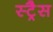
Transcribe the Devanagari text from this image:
स्ट्रैस